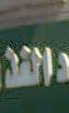
واحد